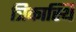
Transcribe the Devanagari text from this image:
त्रिकास्थि